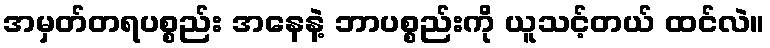
အမှတ်တရပစ္စည်း အနေနဲ့ ဘာပစ္စည်းကို ယူသင့်တယ် ထင်လဲ။